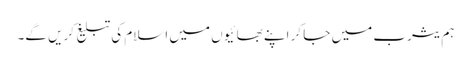
ہم یثرب میں جا کر اپنے بھائیوں میں اسلام کی تبلیغ کریں گے۔